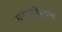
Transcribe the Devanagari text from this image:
गणपतिहृदया